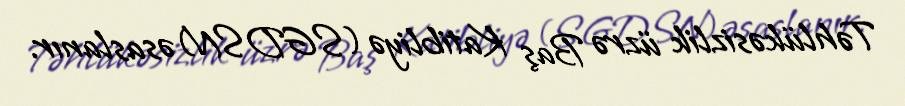
Təhlükəsizlik üzrə Baş Katibliyə (SGDSN) əsaslanır.